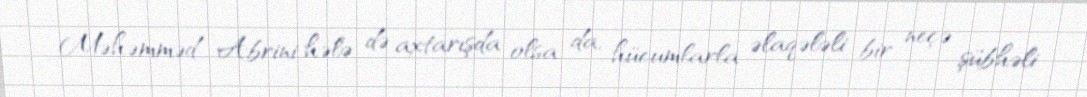
Məhəmməd Abrini hələ də axtarışda olsa da, hücumlarla əlaqələli bir neçə şübhəli